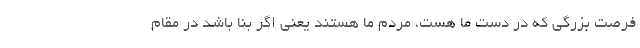
فرصت بزرگی که در دست ما هست، مردم ما هستند یعنی اگر بنا باشد در مقام